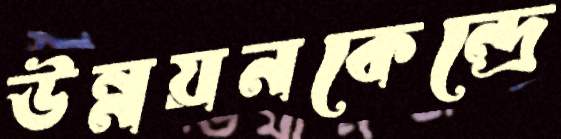
উন্নয়নকেন্দ্রে